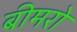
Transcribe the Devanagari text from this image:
बीमरो